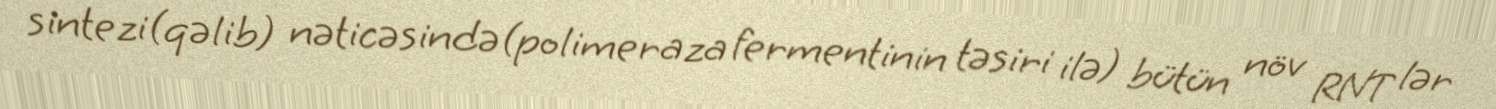
sintezi(qəlib) nəticəsində(polimeraza fermentinin təsiri ilə) bütün növ RNT lər